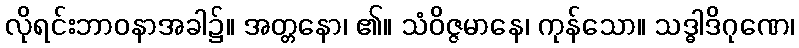
လိုရင်းဘာဝနာအခါ၌။ အတ္တနော၊ ၏။ သံဝိဇ္ဇမာနေ၊ ကုန်သော။ သဒ္ဓါဒိဂုဏေ၊